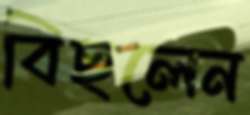
বিছলেন